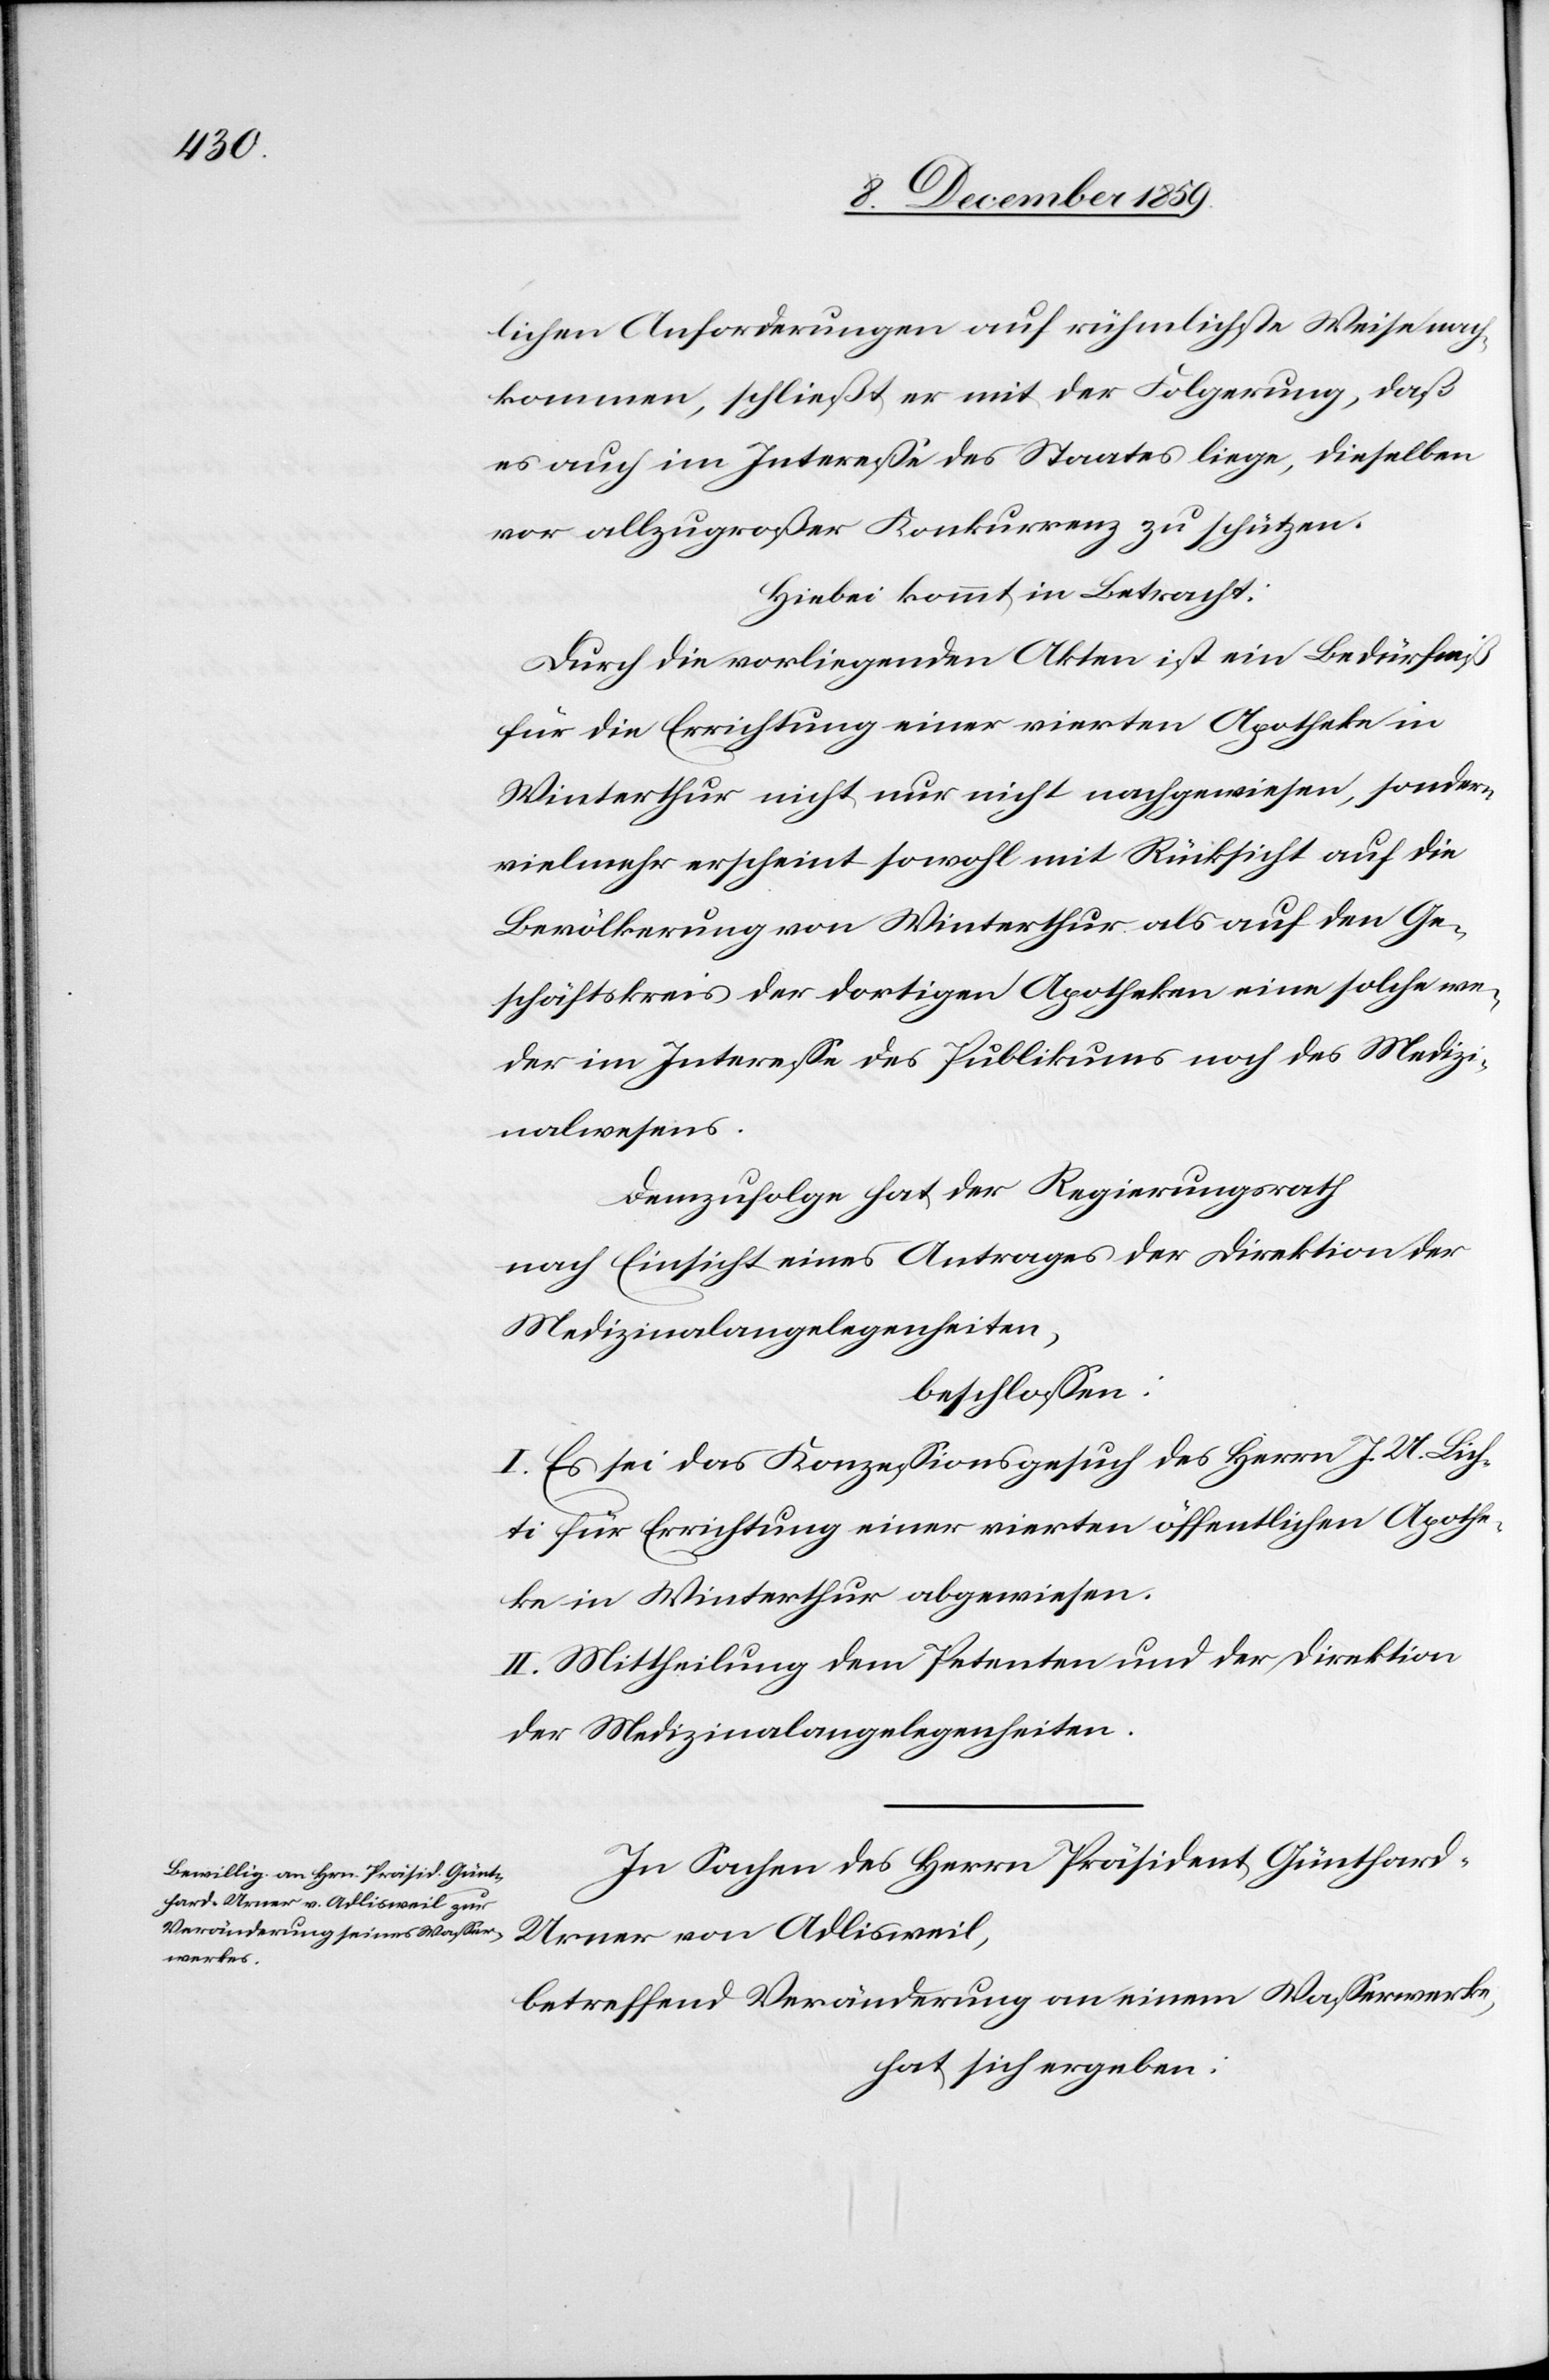
lichen Anforderungen auf rühmlichste Weise nach¬
kommen, schließt er mit der Folgerung, daß
es auch im Interesse des Staates liege, dieselben
vor allzugroßer Konkurrenz zu schützen.
Hiebei kommt in Betracht:
Durch die vorliegenden Akten ist ein Bedürfniß
für die Errichtung einer vierten Apotheke in
Winterthur nicht nur nicht nachzuweisen, sondern
vielmehr erscheint sowohl mit Rücksicht auf die
Bevölkerung von Winterthur als auf den Ge¬
schäftskreis der dortigen Apotheken eine solche we¬
der im Interesse des Publikums noch des Medizi¬
nalwesens.
Demnach hat der Regierungsrath
nach Einsicht eines Antrages der Direktion der
Medizinalangelegenheiten,
beschlossen:
I. Es sei das Konzessionsgesuch des Herrn J. U. Lich¬
ti für Errichtung einer vierten öffentlichen Apothe¬
ke in Winterthur abgewiesen.
II. Mittheilung dem Petenten und der Direktion
der Medizinalangelegenheiten.
In Sachen des Herrn Präsident Günthar¬
d-Urner von Adlisweil,
betreffend Veränderung an einem Wasserwerke,
hat sich ergeben: